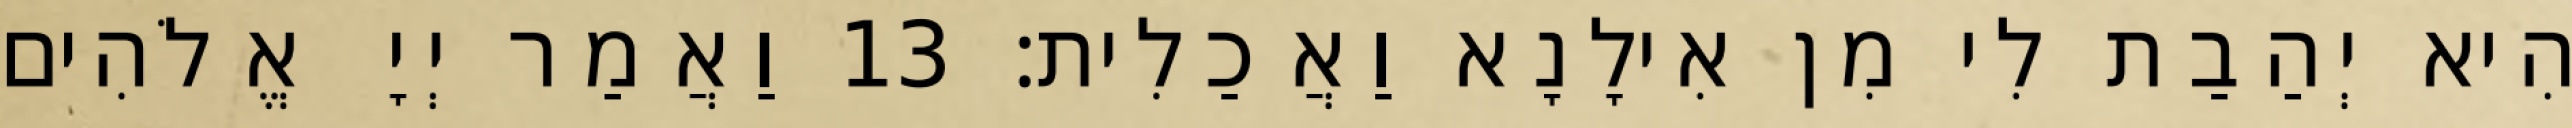
הִיא יְהַבַת לִי מִן אִילָנָא וַאֲכַלִית׃ 13 וַאֲמַר יְיָ אֱלֹהִים